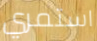
استمري